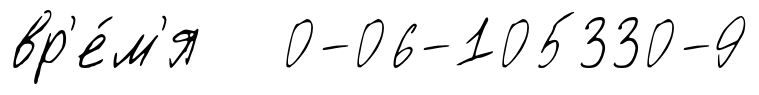
вр'е́м'я 0-06-105330-9